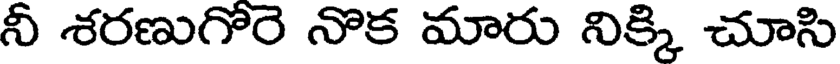
నీ శరణుగోరె నొక మారు నిక్కి చూసి